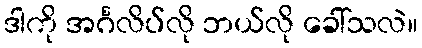
ဒါကို အင်္ဂလိပ်လို ဘယ်လို ခေါ်သလဲ။